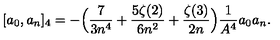
[ a _ { 0 } , a _ { n } ] _ { 4 } = - \Bigl ( { \frac { 7 } { 3 n ^ { 4 } } } + { \frac { 5 \zeta ( 2 ) } { 6 n ^ { 2 } } } + { \frac { \zeta ( 3 ) } { 2 n } } \Bigr ) { \frac { 1 } { A ^ { 4 } } } a _ { 0 } a _ { n } .